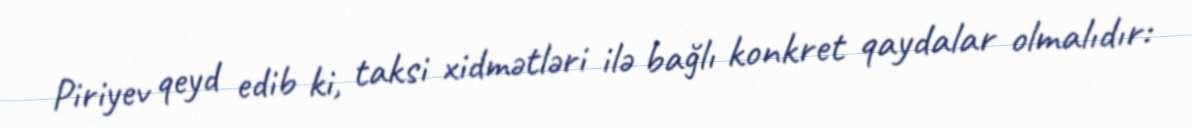
Piriyev qeyd edib ki, taksi xidmətləri ilə bağlı konkret qaydalar olmalıdır: